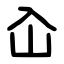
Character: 屳